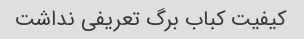
کیفیت کباب برگ تعریفی نداشت